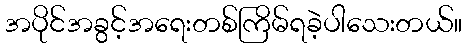
အပိုင်အခွင့်အရေးတစ်ကြိမ်ရခဲ့ပါသေးတယ်။